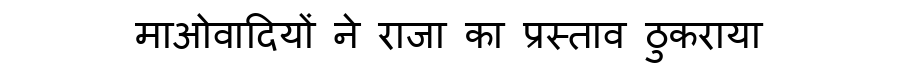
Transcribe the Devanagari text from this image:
माओवादियों ने राजा का प्रस्ताव ठुकराया